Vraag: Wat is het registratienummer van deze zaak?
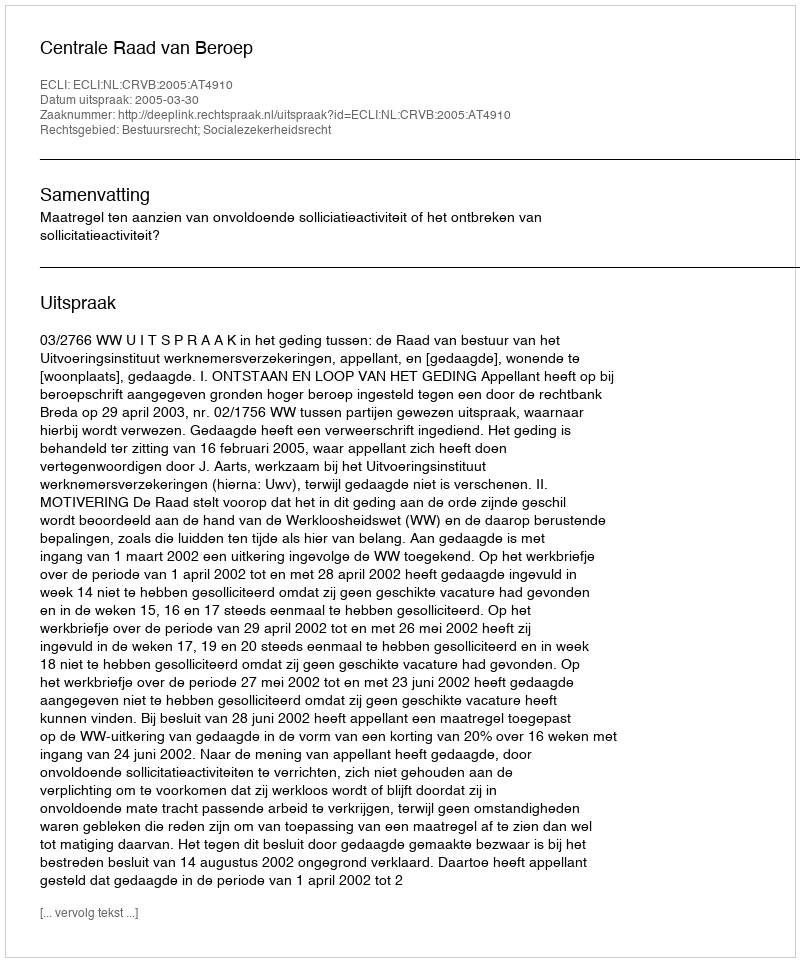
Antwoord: http://deeplink.rechtspraak.nl/uitspraak?id=ECLI:NL:CRVB:2005:AT4910